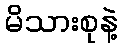
မိသားစုနဲ့